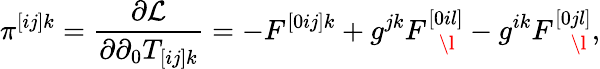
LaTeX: \pi^{[ij]k}=\frac{\partial{\cal L}}{\partial\partial_{0}T_{[ij]k}}=-F^{[0ij]k}+g^{jk}F_{\ \ \ \l}^{[0il]}-g^{ik}F_{\ \ \ \ \l}^{[0jl]},